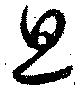
旦